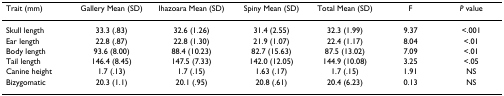
<table><thead><tr><td><b>Trait (mm)</b></td><td><b>Gallery Mean (SD)</b></td><td><b>Ihazoara Mean (SD)</b></td><td><b>Spiny Mean (SD)</b></td><td><b>Total Mean (SD)</b></td><td><b>F</b></td><td><b><i>P </i>value</b></td></tr></thead><tbody><tr><td>Skull length</td><td>33.3 (.83)</td><td>32.6 (1.26)</td><td>31.4 (2.55)</td><td>32.3 (1.99)</td><td>9.37</td><td>&lt;.001</td></tr><tr><td>Ear length</td><td>22.8 (.87)</td><td>22.8 (1.30)</td><td>21.9 (1.07)</td><td>22.4 (1.17)</td><td>8.04</td><td>&lt;.01</td></tr><tr><td>Body length</td><td>93.6 (8.00)</td><td>88.4 (10.23)</td><td>82.7 (15.63)</td><td>87.5 (13.02)</td><td>7.09</td><td>&lt;.01</td></tr><tr><td>Tail length</td><td>146.4 (8.45)</td><td>147.5 (7.33)</td><td>142.0 (12.05)</td><td>144.9 (10.08)</td><td>3.25</td><td>&lt;.05</td></tr><tr><td>Canine height</td><td>1.7 (.13)</td><td>1.7 (.15)</td><td>1.63 (.17)</td><td>1.7 (.15)</td><td>1.91</td><td>NS</td></tr><tr><td>Bizygomatic</td><td>20.3 (1.1)</td><td>20.1 (.95)</td><td>20.8 (.61)</td><td>20.4 (6.23)</td><td>0.13</td><td>NS</td></tr></tbody></table>